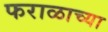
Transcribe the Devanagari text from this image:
फराळाच्या